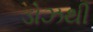
ડોઝથી